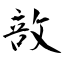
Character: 敨